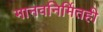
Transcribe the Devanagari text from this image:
मानवनिर्मितही